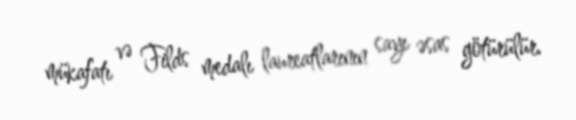
mükafatı və Filds medalı laureatlarının sayı əsas götürülür.